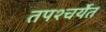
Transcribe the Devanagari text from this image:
तपश्चर्येत